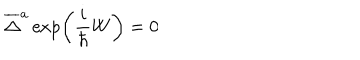
\overline { { { \Delta } } } ^ { a } \exp \left( \frac i \hbar W \right) = 0